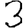
Digit: 3